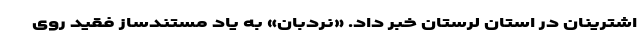
اشترینان در استان لرستان خبر داد. «نردبان» به یاد مستندساز فقید روی